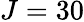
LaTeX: J=30